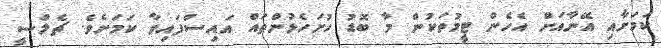
ކަމަށާއި އޭނާއަށް އެހެން ޓީމުތަކުން މާ ބޮޑު ހުށަހެޅުންތައް އައިސްފައިވާ ކަމަށެވެ. ޗެލްސީ